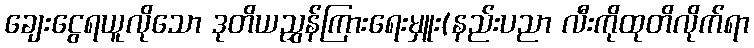
ချေးငွေရယူလိုသော ဒုတိယညွှန်ကြားရေးမှူး(နည်းပညာ လီးကိုထုတိလိုက်ရာ